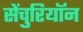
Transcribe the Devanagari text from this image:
सेंचुरियॉन